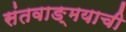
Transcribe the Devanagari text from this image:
संतवाङ्‌मयाची